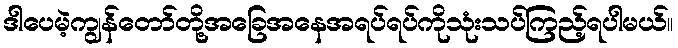
ဒါပေမဲ့ကျွန်တော်တို့အခြေအနေအရပ်ရပ်ကိုသုံးသပ်ကြည့်ရပါမယ်။